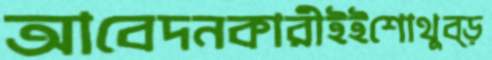
আবেদনকারীইইশোথুব্‌ড়